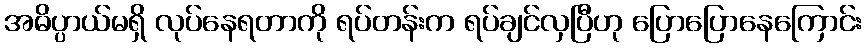
အဓိပ္ပာယ်မရှိ လုပ်နေရတာကို ရပ်တန်းက ရပ်ချင်လှပြီဟု ပြောပြောနေကြောင်း